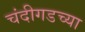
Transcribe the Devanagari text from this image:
चंदीगडच्या